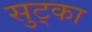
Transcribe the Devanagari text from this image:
सुट्का